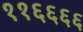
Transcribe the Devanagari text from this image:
११६६६६